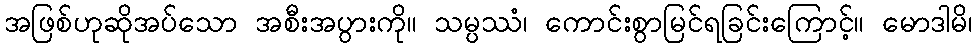
အဖြစ်ဟုဆိုအပ်သော အစီးအပွားကို။ သမ္ပဿံ၊ ကောင်းစွာမြင်ရခြင်းကြောင့်။ မောဒါမိ၊